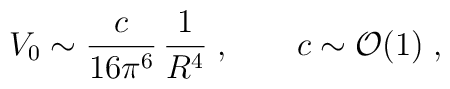
V_0 \sim \frac{c}{16\pi^6}\, \frac{1}{R^4}\;, \qquad c \sim {\cal O}(1) \;,